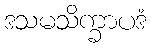
ဒသမသိက္ခာပဒံ